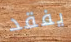
يفقد